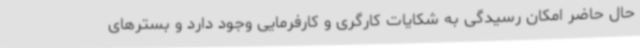
حال حاضر امکان رسیدگی به شکایات کارگری و کارفرمایی وجود دارد و بسترهای